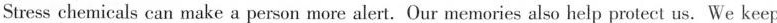
Stress chemicals can make a person more alert.Our memories also help protect us. We keep